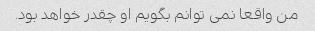
من واقعا نمی توانم بگویم او چقدر خواهد بود.